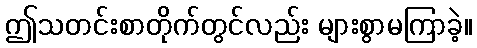
ဤသတင်းစာတိုက်တွင်လည်း များစွာမကြာခဲ့။